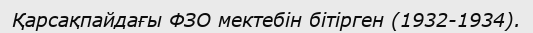
Қарсақпайдағы ФЗО мектебін бітірген (1932-1934).